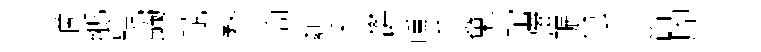
滴鄉鞮蠲赋瞀簡纇菜欝曛芊棄琯彌賑怠爭箇腳